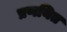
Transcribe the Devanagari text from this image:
प्रणयित